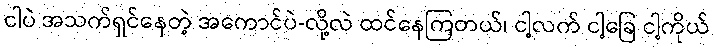
ငါပဲ အသက်ရှင်နေတဲ့ အကောင်ပဲ-လို့လဲ ထင်နေကြတယ်၊ ငါ့လက် ငါ့ခြေ ငါ့ကိုယ်